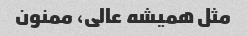
مثل همیشه عالی، ممنون